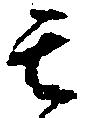
其